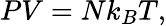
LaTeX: \displaystyle PV=Nk_{B}T,